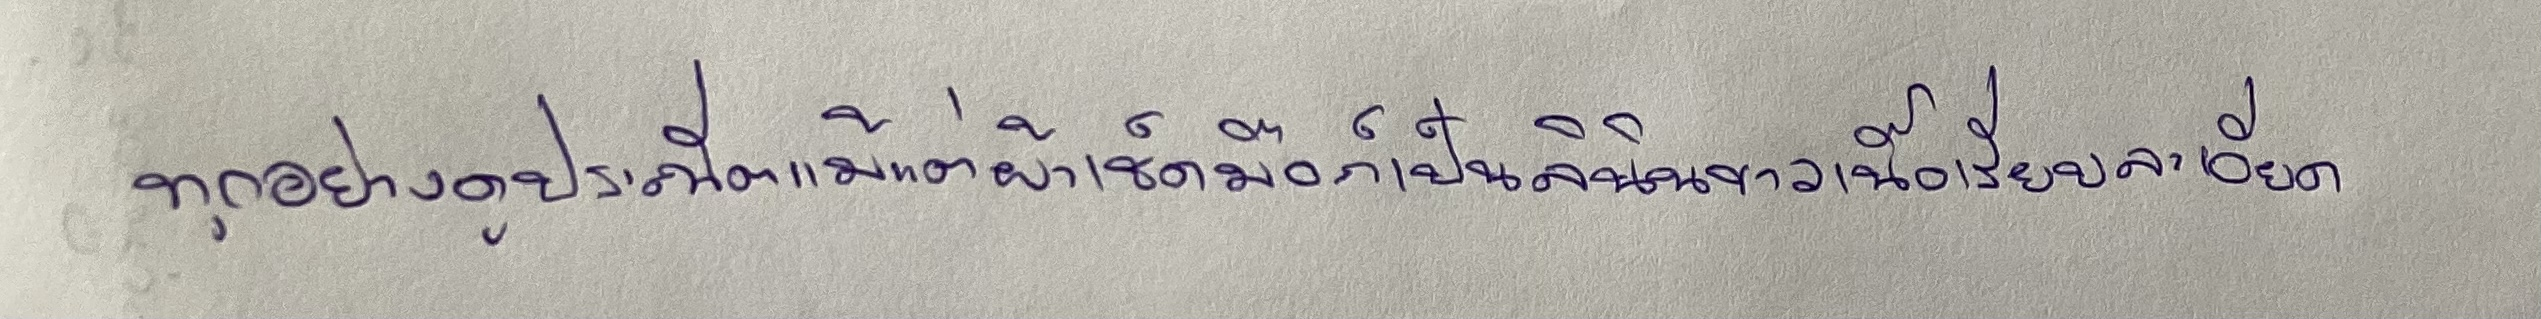
ทุกอย่างดูประณีตแม้แต่ผ้าเช็ดมือก็เป็นลินินขาวเนื้อเรียบละเอียด